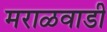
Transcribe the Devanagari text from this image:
मराळवाडी